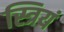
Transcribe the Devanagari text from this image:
स्त्रियं